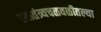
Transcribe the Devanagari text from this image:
स्वातंत्र्यचळवळीतल्या